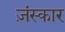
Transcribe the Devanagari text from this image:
ज़ंस्कार